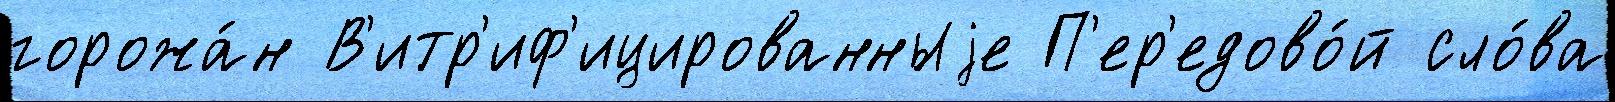
горожа́н В'итр'иф'ицированныjе П'ер'едово́й сло́ва